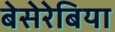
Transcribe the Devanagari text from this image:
बेसेरेबिया